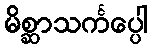
မိစ္ဆာသင်္ကပ္ပေါ